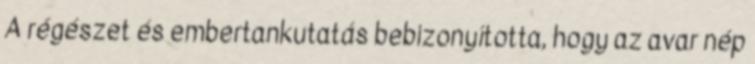
A régészet és embertankutatás bebizonyította, hogy az avar nép